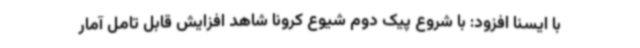
با ایسنا افزود: با شروع پیک دوم شیوع کرونا شاهد افزایش قابل تامل آمار